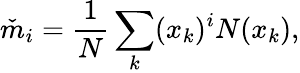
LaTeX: \check{m}_{i}=\frac{1}{N}\sum_{k}(x_{k})^{i}N(x_{k}),